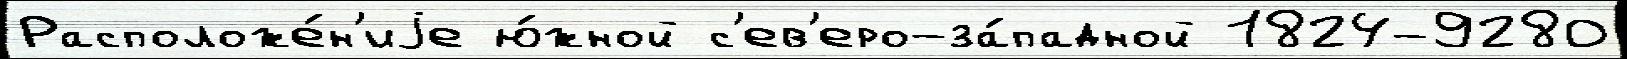
Расположе́н'иjе ю́жной с'ев'еро-за́падной 1824-9280